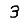
Digit: 3